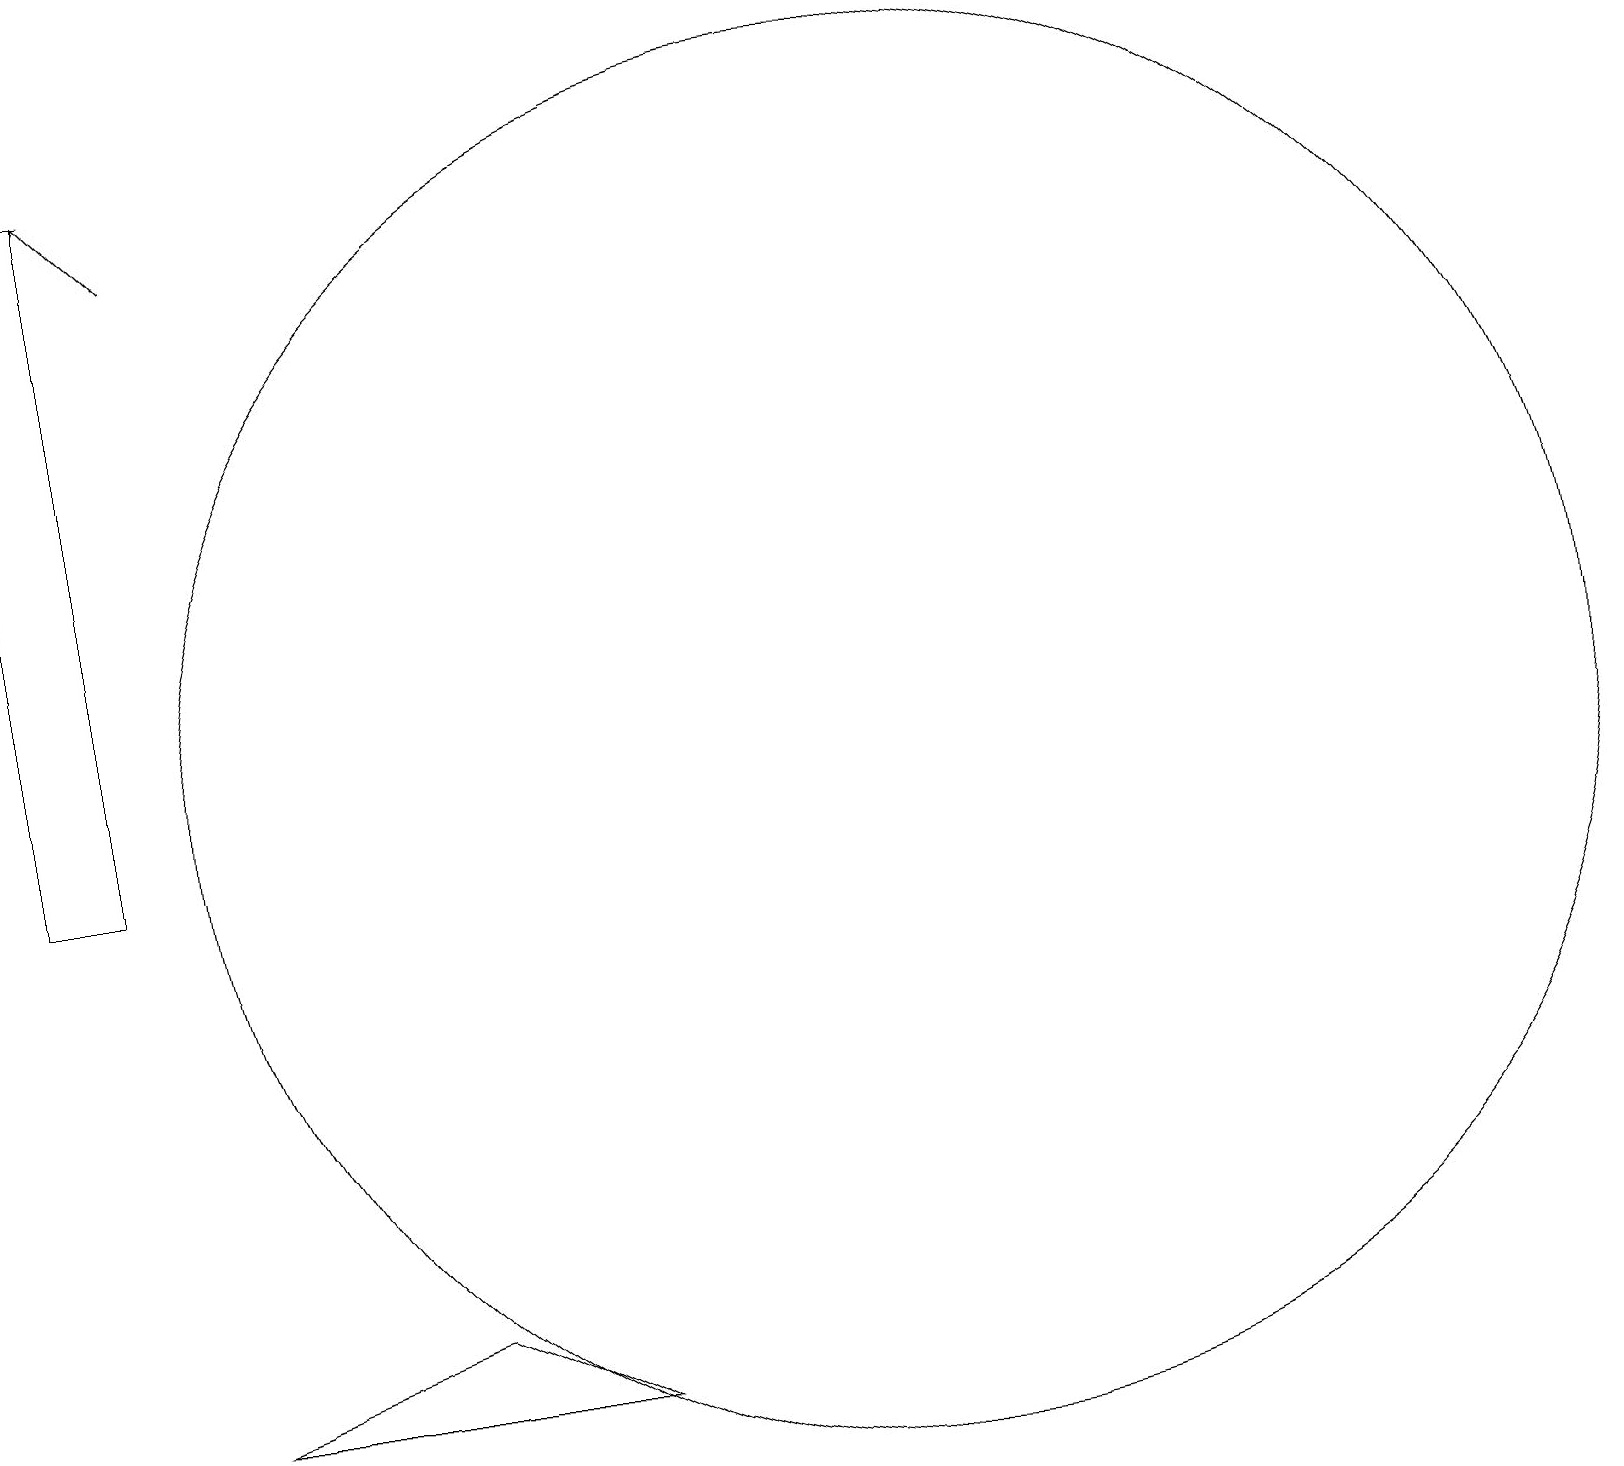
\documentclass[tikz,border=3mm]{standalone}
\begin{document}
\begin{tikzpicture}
\draw (2,10) rectangle (1,19);
\draw (3,3) -- (8,3) -- (6,4) -- cycle;
\draw (12,11) circle (9);
\draw[->] (3,18) -- (2,19);
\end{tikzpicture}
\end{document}